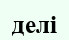
делі